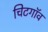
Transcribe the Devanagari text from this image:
चिटगॉव